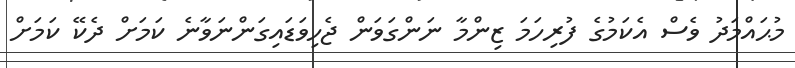
މުޙައްމަދު ވެސް އެކަމުގެ ފުރިހަމަ ޒިންމާ ނަންގަވަން ޖެހިވަޑައިގަންނަވާނެ ކަމަށް ދެކޭ ކަމަށް